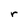
Character: r